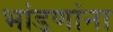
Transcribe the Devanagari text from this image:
भांडणांना